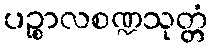
ပဉ္စာလစဏ္ဍသုတ္တံ